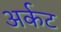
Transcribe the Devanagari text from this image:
अर्कट